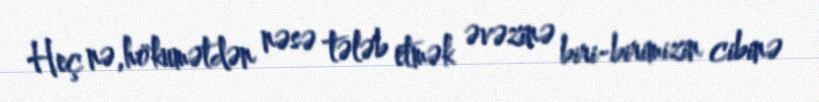
Heç nə,hökumətdən nəsə tələb etmək əvəzinə biri-birimizin cibinə